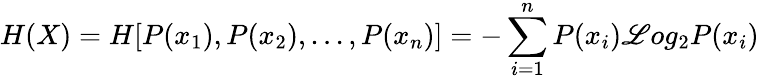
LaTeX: H(X)=H[P(x_{1}),P(x_{2}),...,P(x_{n})]=-\sum_{i=1}^{n}P(x_{i})\mathscr{L}og_{2}P(x_{i})